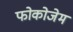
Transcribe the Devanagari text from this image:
फोकोजेम